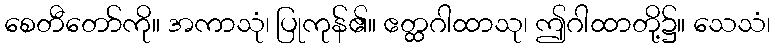
စေတီတော်ကို။ အကာသုံ၊ ပြုကုန်၏။ ဧတ္ထဂါထာသု၊ ဤဂါထာတို့၌။ သေသံ၊